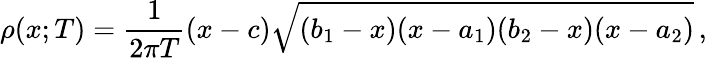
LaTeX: \rho(x;T)=\frac{1}{2\pi T}(x-c)\sqrt{(b_{1}-x)(x-a_{1})(b_{2}-x)(x-a_{2})}\, ,